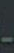
-